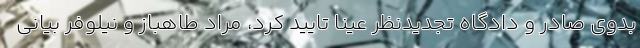
بدوی صادر و دادگاه تجدیدنظر عینا تایید کرد، مراد طاهباز و نیلوفر بیانی